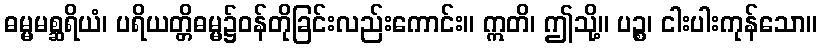
ဓမ္မမစ္ဆရိယံ၊ ပရိယတ္တိဓမ္မ၌ဝန်တိုခြင်းလည်းကောင်း။ ဣတိ၊ ဤသို့။ ပဉ္စ၊ ငါးပါးကုန်သော။